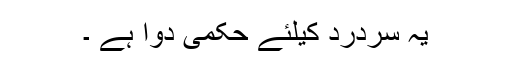
یہ سردرد کیلئے حکمی دوا ہے ۔